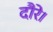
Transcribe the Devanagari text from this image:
दौरे।